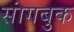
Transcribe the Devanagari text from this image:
सांगबुक